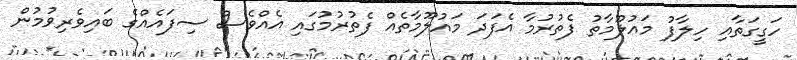
ހަގީގަތާއި ހިލާފު މައުލޫމާތު ފެތުރުމާ އެފަދަ މައުލޫމާތެއް ފެތުރުމުގައި އެއްވެސް ސިފައެއްގެ ބައިވެރިވުމުން